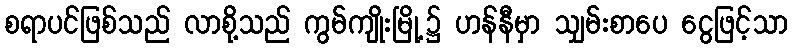
စရာပင်ဖြစ်သည် လာစို့သည် ကွမ်ကျိုးမြို့၌ ဟန်နီမှာ သျှမ်းစာပေ ငွေဖြင့်သာ